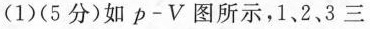
(1)(5分)如p-V图所示，1、2、3三